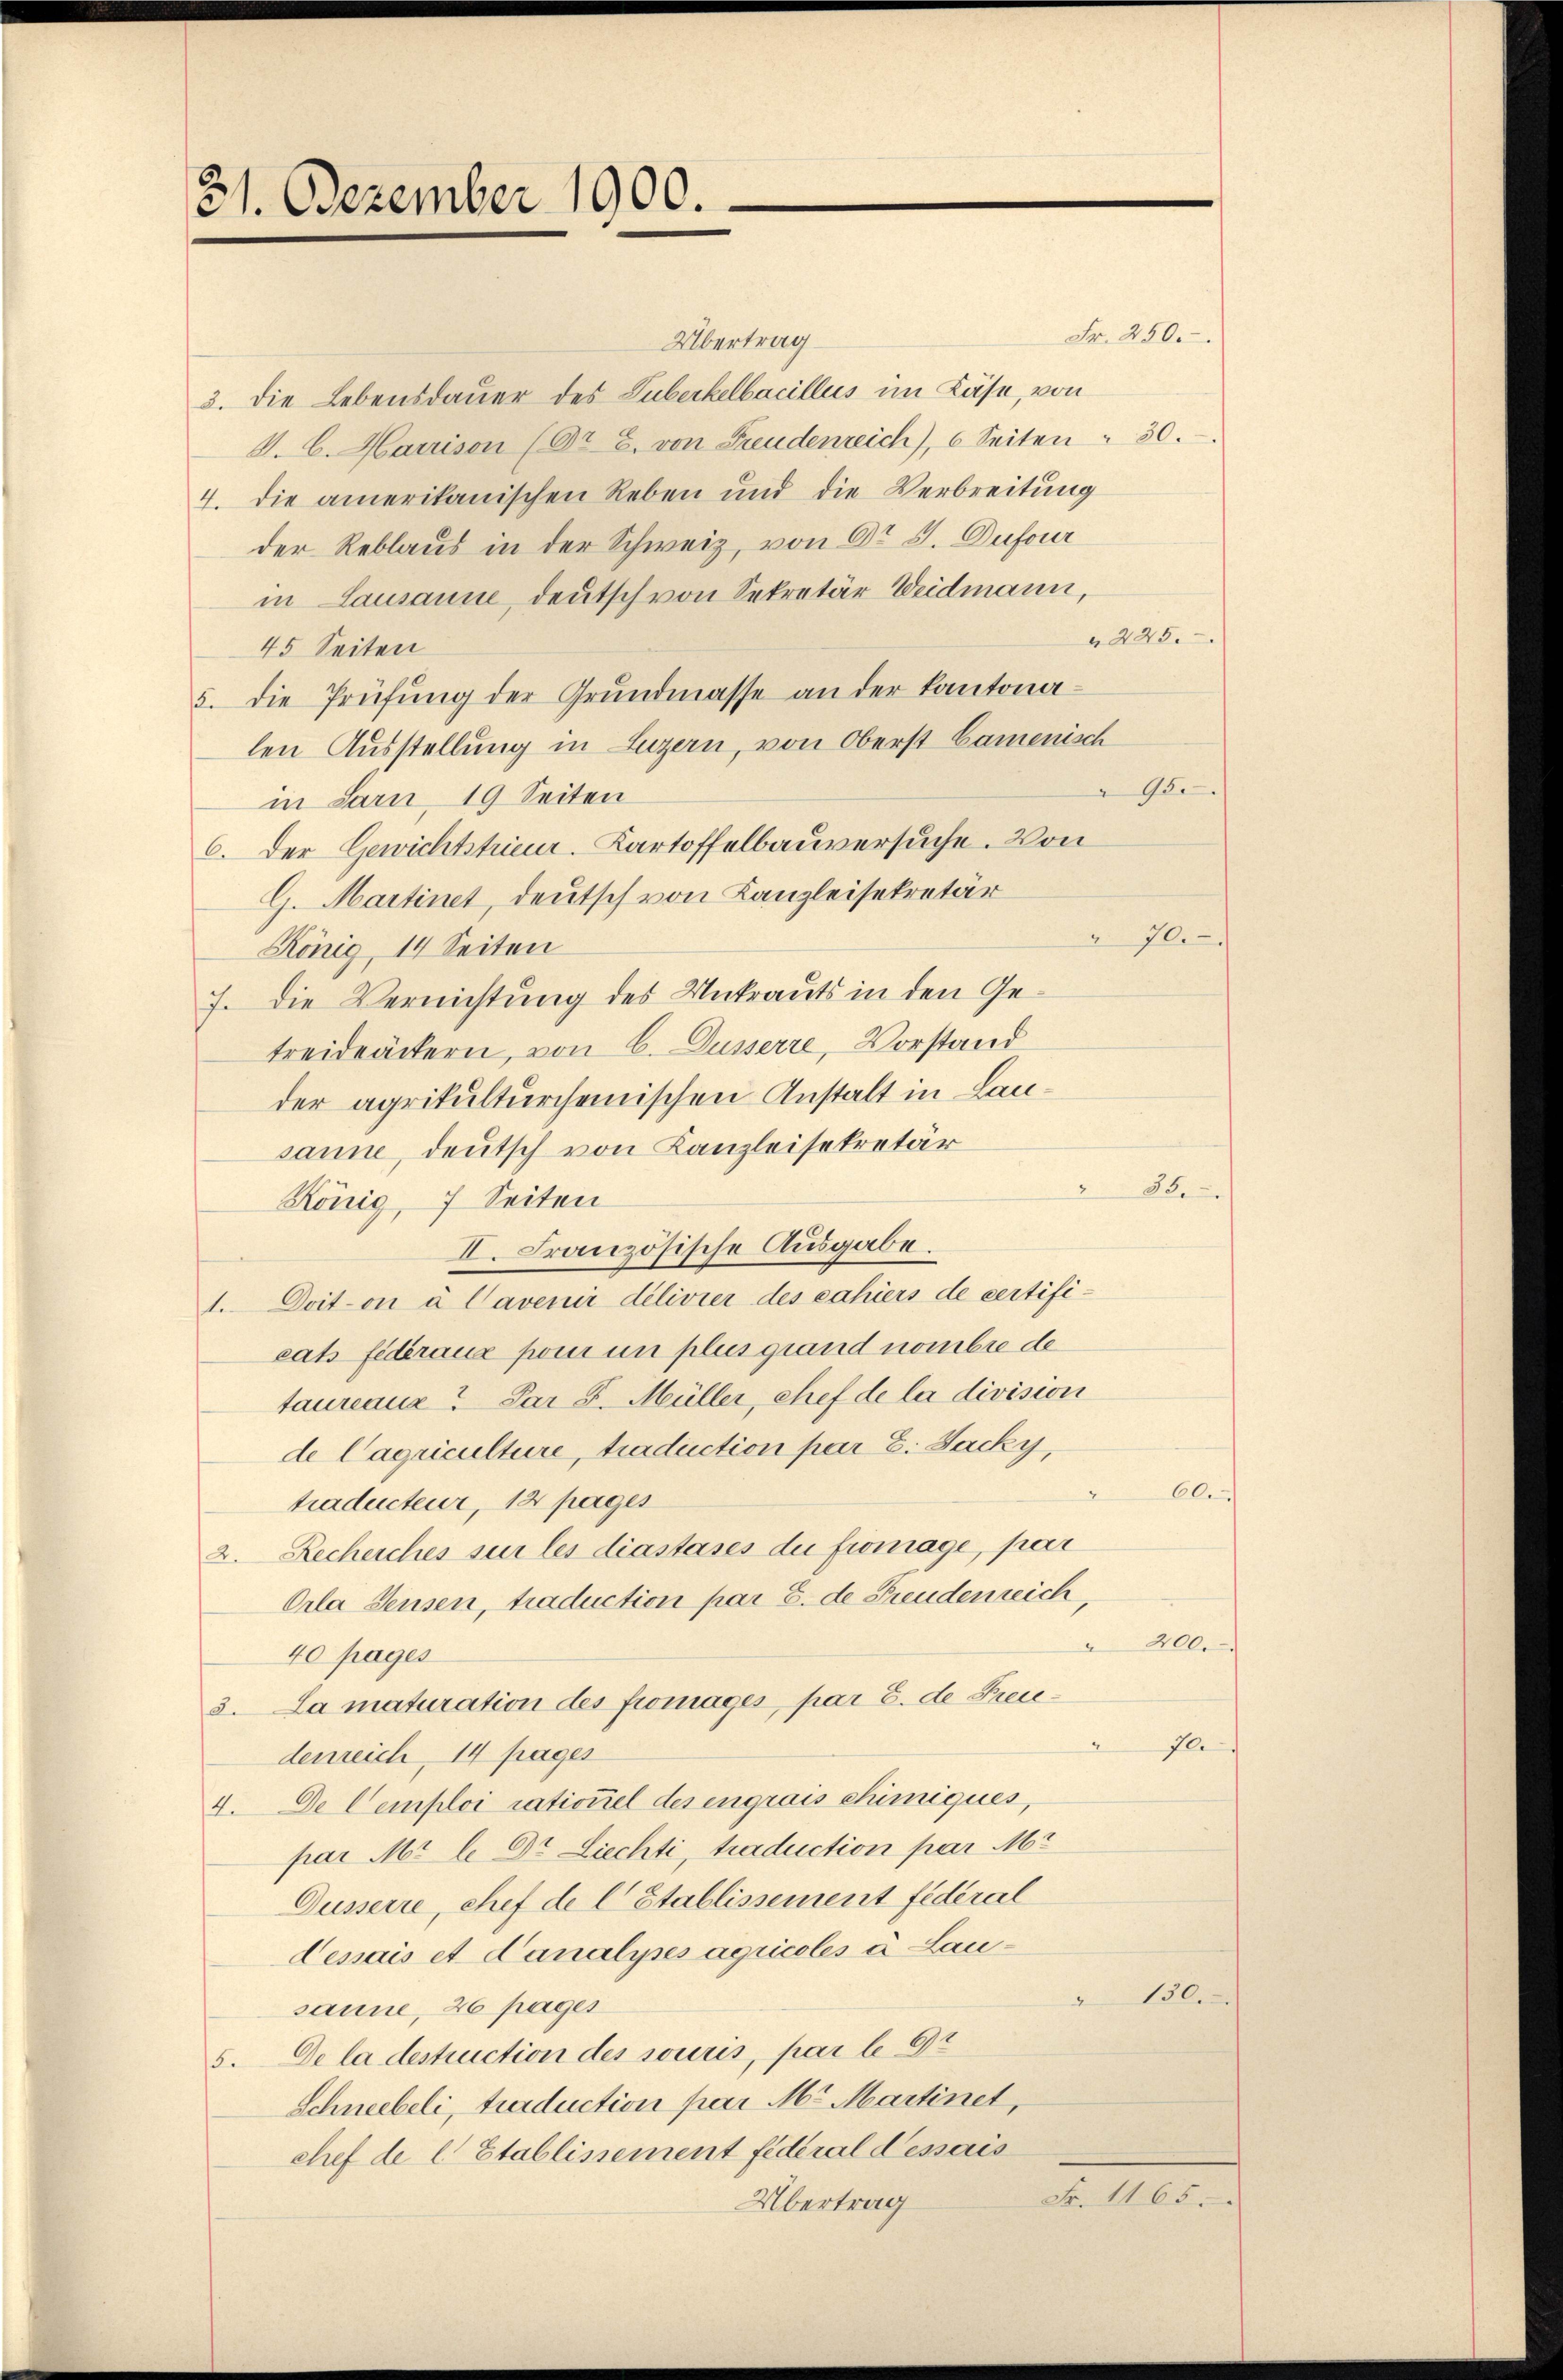
31. Dezember 1900.

Fr. 250.
Übertrag
3. Die Lebensdauer des Luberkelbacillus im Käse, von
V. C. Harrison (Or. 8. von Freudenreich), 6 Seiten : 30.
4. die amerikanischen Reben und die Verbreitung
der Reblaus in der Schweiz, von Dr J. Dufour
in Lausanne, deutsch von Sekretär Weidmann,
245.
45 Seiten
5. die Prüfŭng der Grŭndmasse an der kantonalen Ausstellung in Luzern, von Oberst Camenisch
95.
in Sarn, 19 Seiten
6. Der Gewichtstrieur-Kartoffelbauversuche. Von
G. Martinet, deutsch von Kanzleisekretär
König, 14 Seiten
7. Die Vernichtung des Unkrauts in den Getreideäckern, von C. Dusserre, Vorstand
der agrikulturchemischen Anstalt in Lansanne, deutsch von Kanzleisekretär
König, 7 Seiten
II. Französische Ausgabe.
1. Doiton à Cavenir délivier des cahiers de certifi-
cats fédéraux pour un plus grand nombre de
taureaus? Par J. Müller, chef de la division
de Cagriculture, traduction par 8. Jacky,
60.
traducteur, 12 pages
2. Recherches sur les diastases du fromage, par
Orla Sensen, traduction par 8. de Freudenreich,
200.
40 pages
3. La maturation des fromages, par 8. de Freifl.
denreich, 14 tages
4. De Cemploi rationel des engrais chimiqués,
par Mt l. Dr. Liechti, traduction par Mr
Dusserre, chef de l Etablissement fédéral
Desais et danalyses agricolés à Lau¬
130.
sanne, 26 pages
5. De la destruction des souris, par le t
Schneebeli, traduction par M. Martinet,
chef de l. Etablissement fédéral dessais
Fr. 1165.
Übertrag

70.

35.